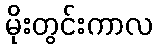
မိုးတွင်းကာလ